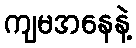
ကျမအနေနဲ့